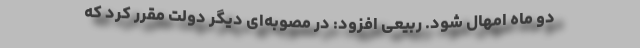
دو ماه امهال شود. ربیعی افزود: در مصوبه‌ای دیگر دولت مقرر کرد که